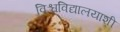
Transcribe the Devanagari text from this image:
विश्वविद्यालयाशी